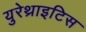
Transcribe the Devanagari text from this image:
युरेथ्राइटिस